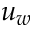
u _ { w }